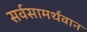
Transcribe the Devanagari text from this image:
सर्वसामर्थवान